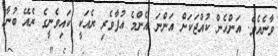
ވާނެއެވެ. އަންހެން ކުއްޖަކަށް އަންނަ އެންމެ އުފާވެރި ރެއަކީ ކައިވެނީގެ ރެއޭ ބުނާ